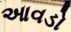
આવડો